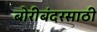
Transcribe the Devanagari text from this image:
बोरीबंदरसाठी